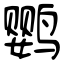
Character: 鹦